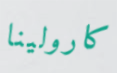
كارولينا